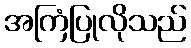
အကြံပြုလိုသည်